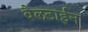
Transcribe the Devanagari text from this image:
वैलटाईन